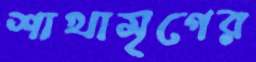
শাখামৃগের